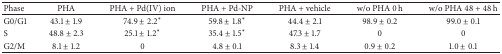
| Phase | PHA | PHA + Pd(IV) ion | PHA + Pd-NP | PHA + vehicle | w/o PHA 0 h | w/o PHA 48 + 48 h |
 | --- | --- | --- | --- | --- | --- | --- |
 | G0/G1 | 43.1 ± 1.9 | 74.9 ± 2.2∗ | 59.8 ± 1.8∗ | 44.4 ± 2.1 | 98.9 ± 0.2 | 99.0 ± 0.1 |
 | S | 48.8 ± 2.3 | 25.1 ± 1.2∗ | 35.4 ± 1.5∗ | 47.3 ± 1.7 | 0 | 0 |
 | G2/M | 8.1 ± 1.2 | 0 | 4.8 ± 0.1 | 8.3 ± 1.4 | 0.9 ± 0.2 | 1.0 ± 0.1 |